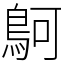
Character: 鴚